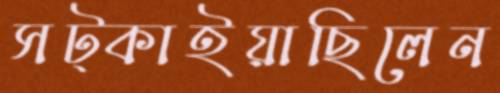
সট্‌কাইয়াছিলেন